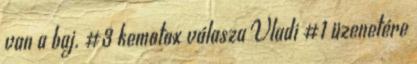
van a baj. #3 kemotox válasza Vladi #1 üzenetére